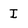
Character: I